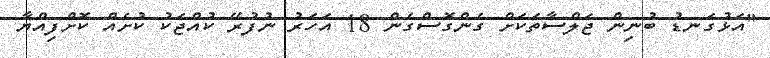
"އަޅުގަނޑު ބުނިން ޖަލްސާތަކަށް ގެންގޮސްގެން 18 އަހަރު ނުފުރޭ ކުއްޖަކު ކުށެއް ކޮށްފިއްޔާ